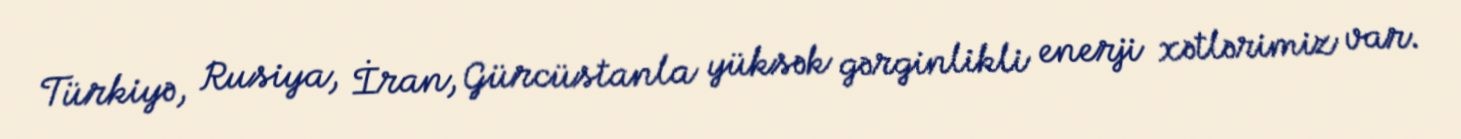
Türkiyə, Rusiya, İran, Gürcüstanla yüksək gərginlikli enerji xətlərimiz var.